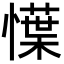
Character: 𢢲